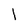
Character: l